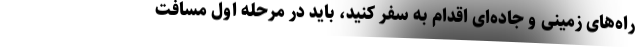
راه‌های زمینی و جاده‌ای اقدام به سفر کنید، باید در مرحله اول مسافت